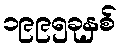
၁၉၉၅ခုနှစ်